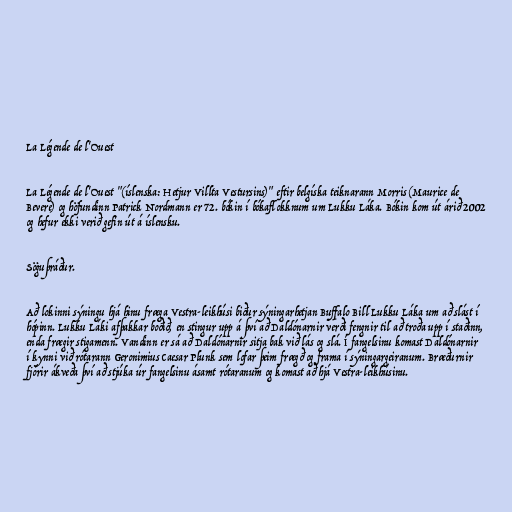
La Légende de l'Ouest

La Légende de l'Ouest "(íslenska: Hetjur Villta Vestursins)" eftir belgíska teiknarann Morris (Maurice de
Bevere) og höfundinn Patrick Nordmann er 72. bókin í bókaflokknum um Lukku Láka. Bókin kom út árið 2002
og hefur ekki verið gefin út á íslensku.

Söguþráður.

Að lokinni sýningu hjá hinu fræga Vestra-leikhúsi biður sýningarhetjan Buffalo Bill Lukku Láka um að slást í
hópinn. Lukku Láki afþakkar boðið, en stingur upp á því að Daldónarnir verði fengnir til að troða upp í staðinn,
enda frægir stigamenn. Vandinn er sá að Daldónarnir sitja bak við lás og slá. Í fangelsinu komast Daldónarnir
í kynni við rótarann Geronimius Caesar Plunk sem lofar þeim frægð og frama í sýningargeiranum. Bræðurnir
fjórir ákveða því að stjúka úr fangelsinu ásamt rótaranum og komast að hjá Vestra-leikhúsinu.